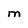
Character: M